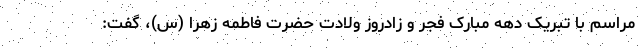
مراسم با تبریک دهه مبارک فجر و زادروز ولادت حضرت فاطمه زهرا (س)، گفت: